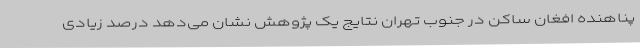
پناهنده افغان ساکن در جنوب تهران نتایج یک پژوهش نشان می‌دهد درصد زیادی